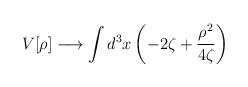
LaTeX: \begin{align*}V[\rho]\longrightarrow\int d^3x\left(-2\zeta+\frac{\rho^2}{4\zeta}\right)\end{align*}